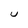
Character: U